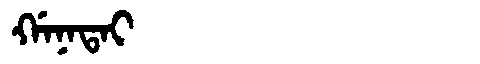
Manchu: ᡤᠠᠨᠠᡨᠠᡳ
Romanization: GANATAI